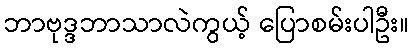
ဘာဗုဒ္ဒဘာသာလဲကွယ့် ပြောစမ်းပါဦး။